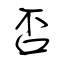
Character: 否